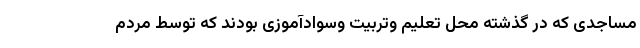
مساجدی که در گذشته محل تعلیم وتربیت وسوادآموزی بودند که توسط مردم